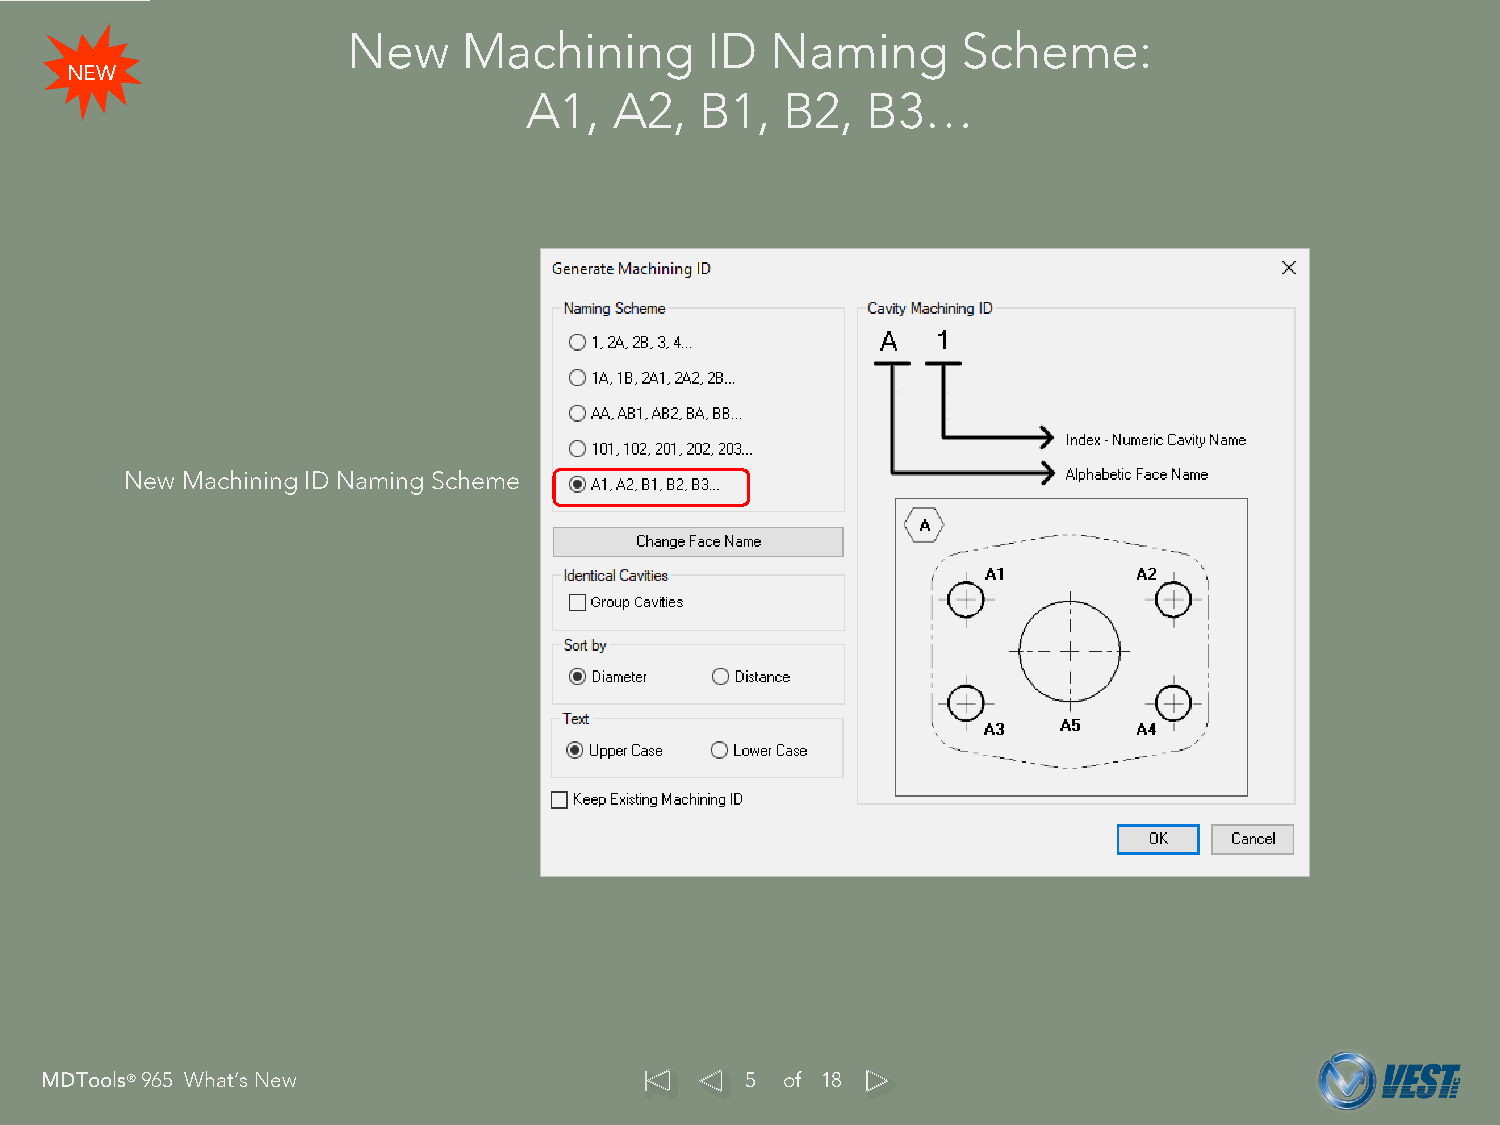
New     Machining       ID  Naming       Scheme:
 NEW
 A1,   A2,  B1,   B2,  B3…
 New Machining ID Naming Scheme
 MDTools®965 What’s New                        5  of 18